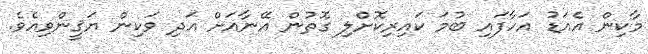
މާކިން އެއަޑު އަހާފައި ބުމަ ކައިރިކޮށްލި ގޮތުން އޭނާއަށް އަދި ވަކިން ޔަޤީންވިއެވެ.